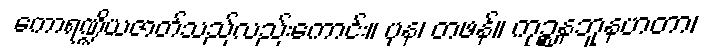
ကောရဏ္ဍိယဇာတ်သည်လည်းကောင်း။ ပုန၊ တဖန်။ ကုဉ္စနဘူနဟတာ၊